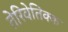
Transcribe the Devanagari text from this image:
तेरिवेतिक्क